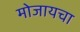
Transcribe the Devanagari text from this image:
मोजायचा